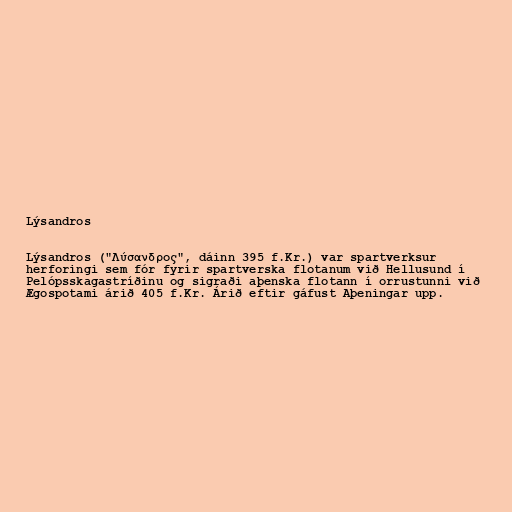
Lýsandros

Lýsandros ("Λύσανδρος", dáinn 395 f.Kr.) var spartverksur
herforingi sem fór fyrir spartverska flotanum við Hellusund í
Pelópsskagastríðinu og sigraði aþenska flotann í orrustunni við
Ægospotami árið 405 f.Kr. Árið eftir gáfust Aþeningar upp.